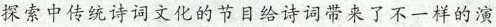
探索中传统诗词文化的节目给诗词带来了不一样的演